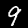
Label: 9